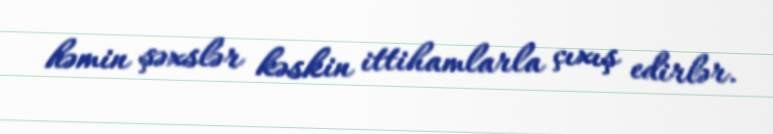
həmin şəxslər kəskin ittihamlarla çıxış edirlər.